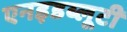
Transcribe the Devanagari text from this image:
एनइडब्लूटी